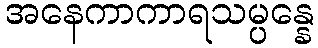
အနေကာကာရသမ္ပန္နေ